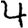
Digit: 4